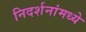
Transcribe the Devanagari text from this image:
निदर्शनांमध्ये